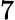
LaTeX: \mathord 7